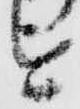
を